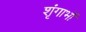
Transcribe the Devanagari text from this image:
शृंगाभों